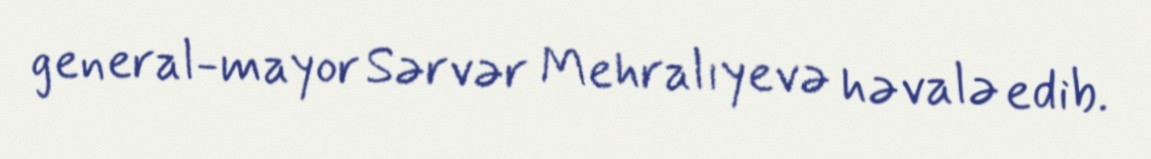
general-mayor Sərvər Mehralıyevə həvalə edib.